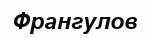
Франгулов